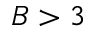
B > 3